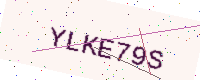
Text: YLKE79S